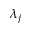
\lambda _ { j }